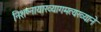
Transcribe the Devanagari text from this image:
निशष्नायाख्यागमत्यख्याने